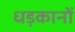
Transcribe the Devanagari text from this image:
धड़कानों